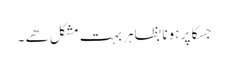
جسکا پر ہونا بظاہر بہت مشکل ھے ۔